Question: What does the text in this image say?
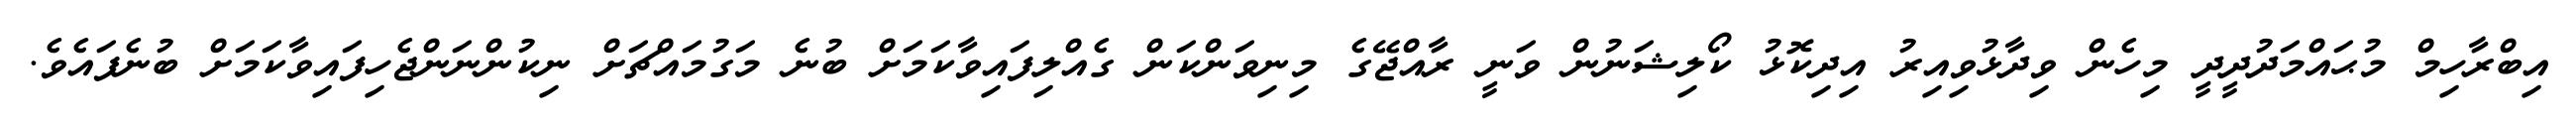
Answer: އިބްރާހިމް މުޙައްމަދުދީދީ މިހެން ވިދާޅުވިއިރު އިދިކޮޅު ކޯލިޝަނުން ވަނީ ރާއްޖޭގެ މިނިވަންކަން ގެއްލިފައިވާކަމަށް ބުނެ މަގުމައްޗަށް ނިކުންނަންޖެހިފައިވާކަމަށް ބުނެފައެވެ.